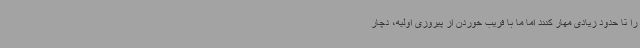
را تا حدود زیادی مهار کنند اما ما با فریب خوردن از پیروزی اولیه، دچار